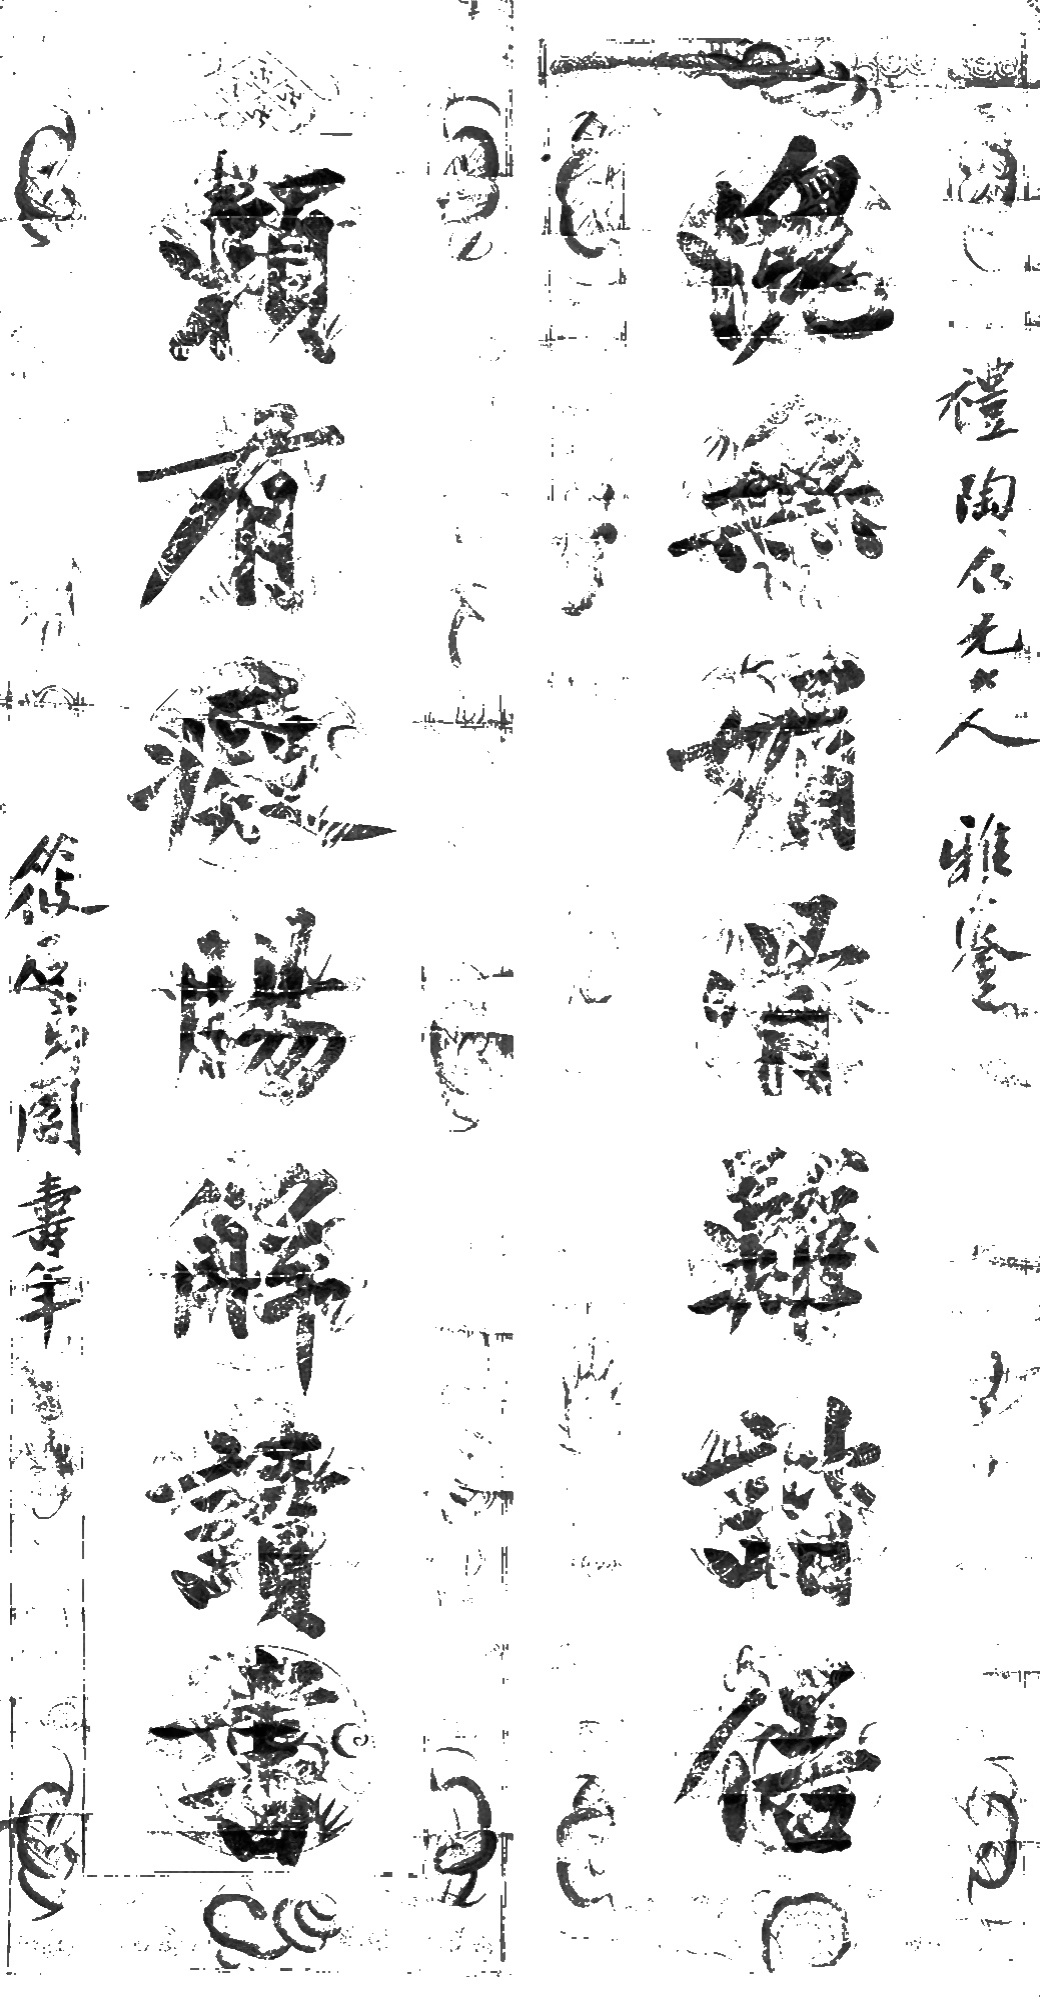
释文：愧无媚骨难谐俗，赖有痴肠解读书。礼陶仁兄大人雅鉴。筱后弟周寿年。